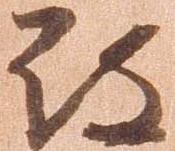
被